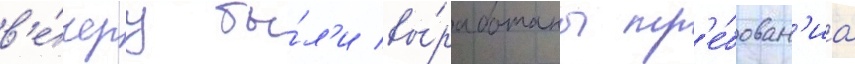
в'е́черу бы́л'и вы́работаны тр'е́бован'иа